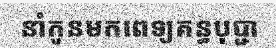
នាំកូនមកពេទ្យគន្ធបុប្ជា